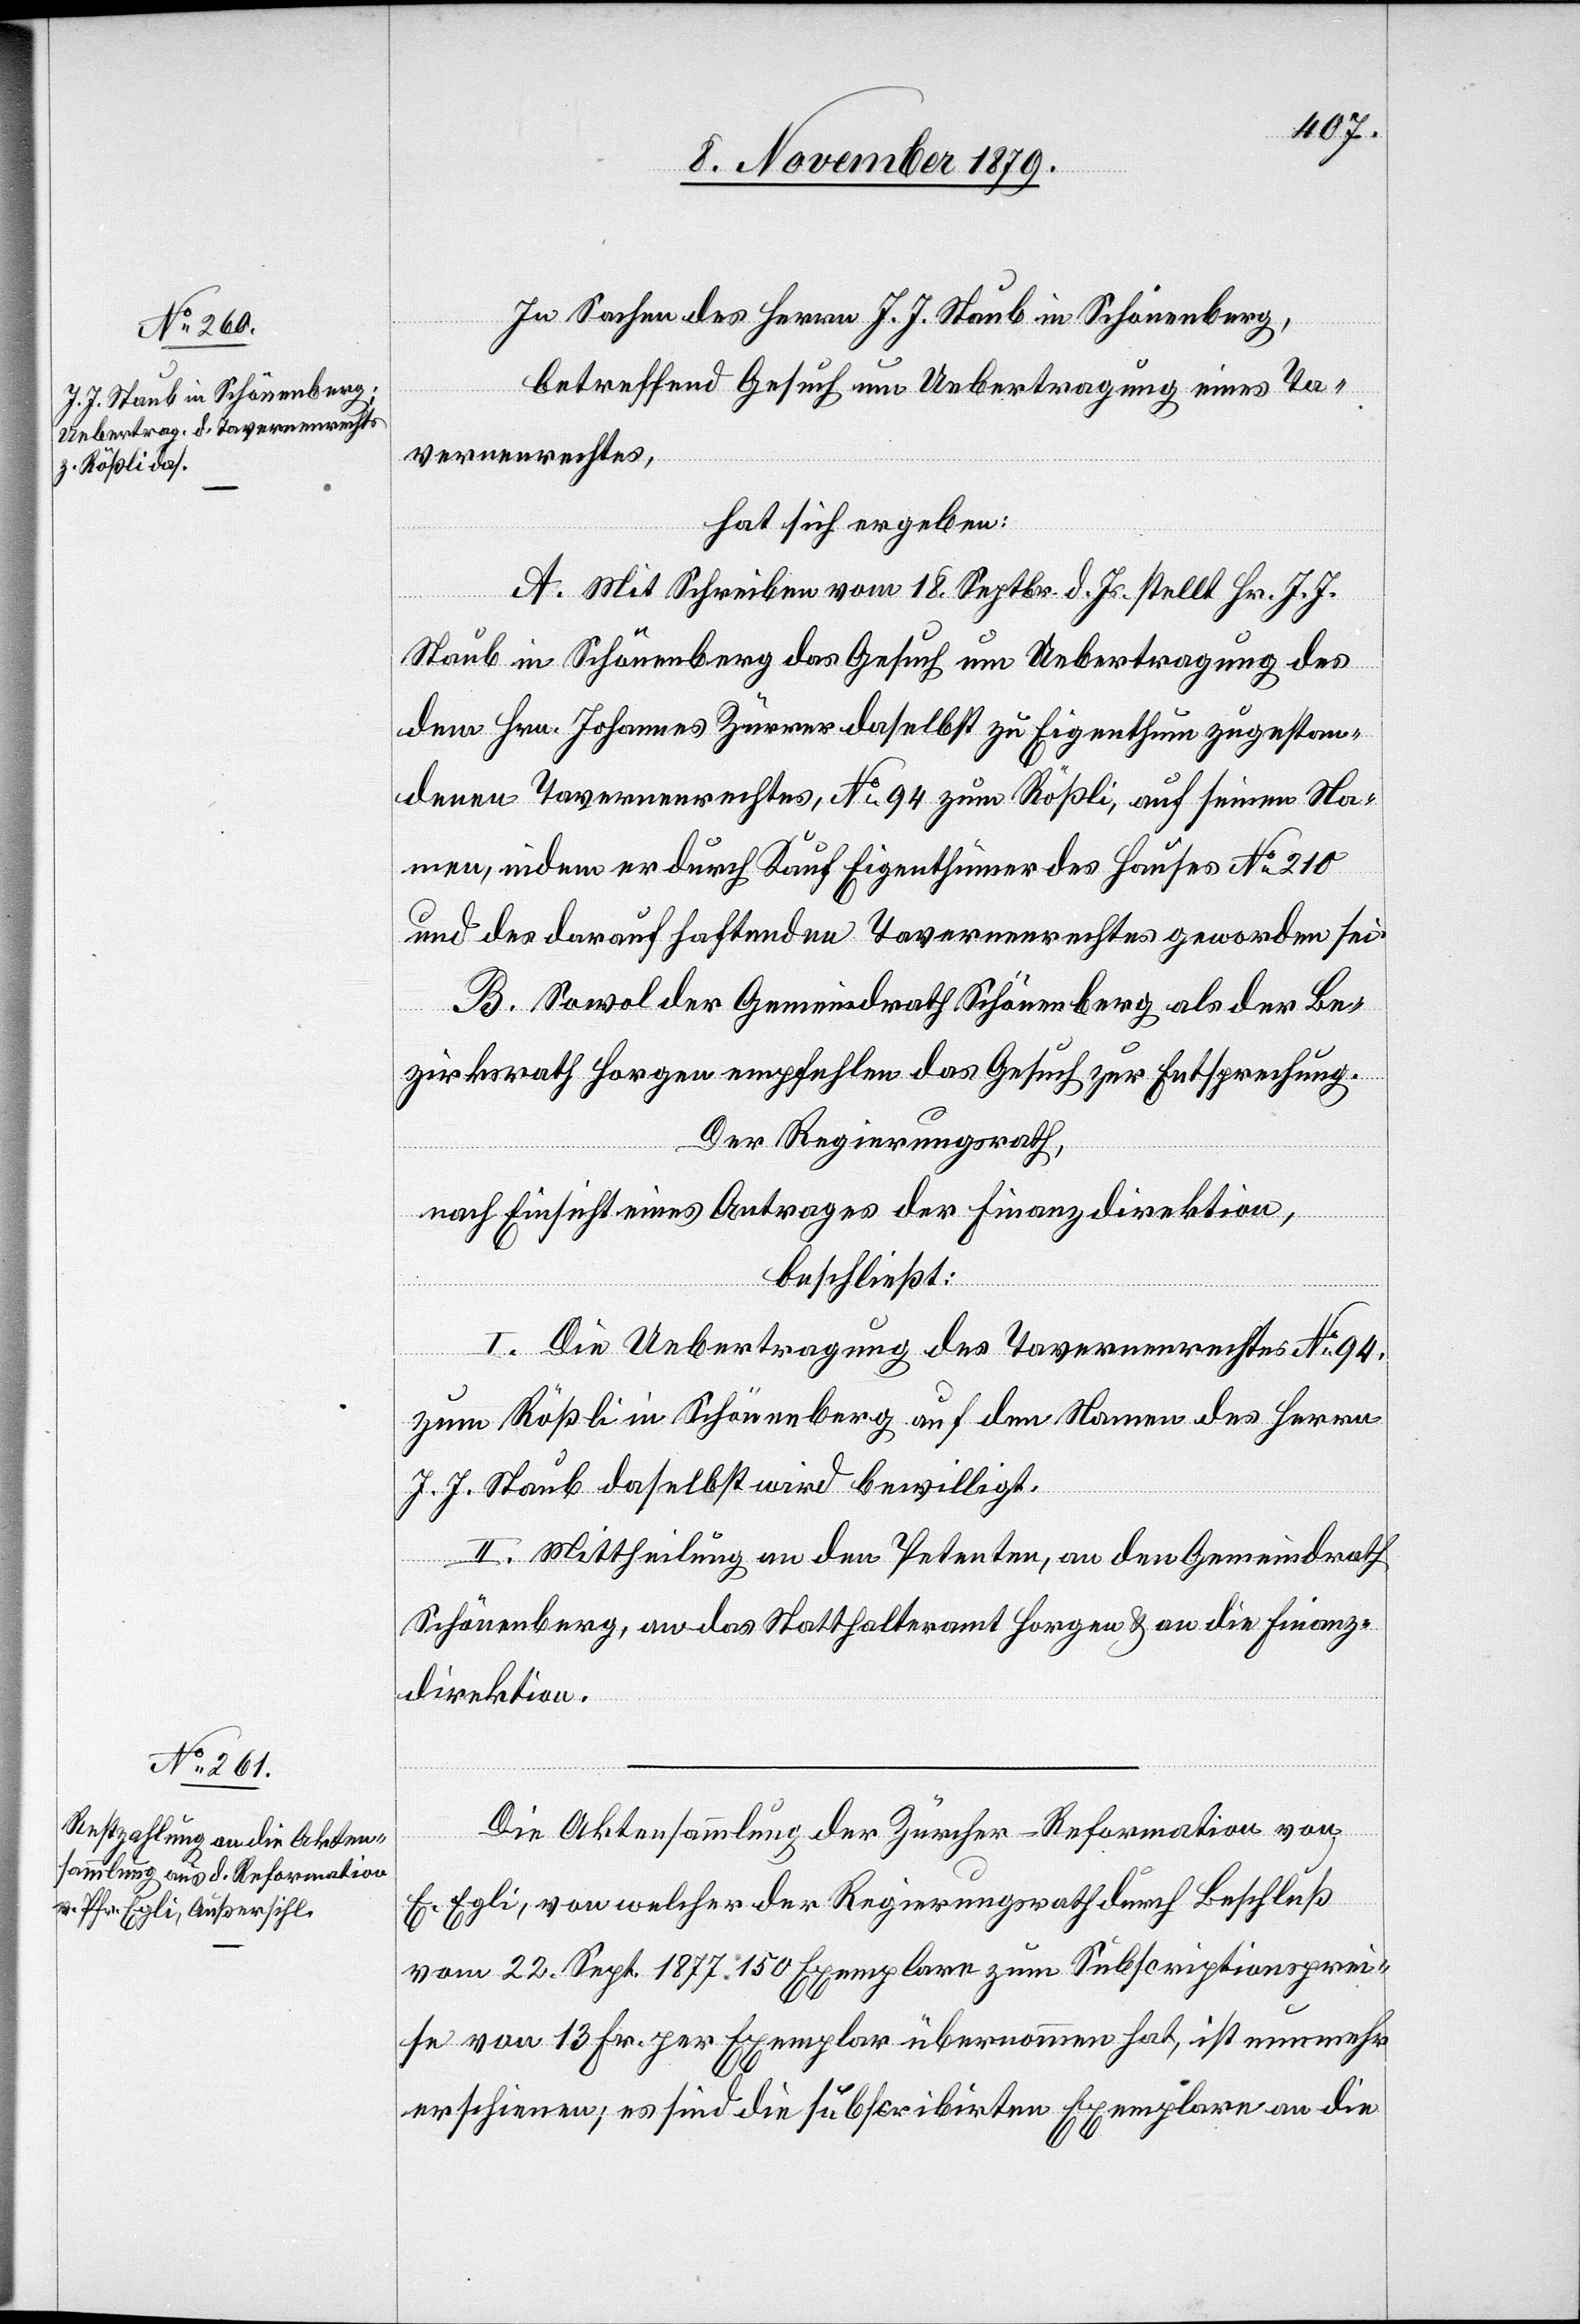
In Sachen des Herrn J. J. Staub in Schönenberg,
betreffend Gesuch um Uebertragung eines Ta¬
vernenrechtes,
hat sich ergeben:
A. Mit Schreiben vom 18. Septbr. d. Js. stellt Hr. J. J.
Staub in Schönenberg das Gesuch um Uebertragung des
dem Hrn. Johannes Zürrer daselbst zu Eigenthum zugestan¬
denen Tavernenrechtes, No 94 zum Rößli, auf seinen Na¬
men, indem er durch Kauf Eigenthümer des Hauses No 210
und des darauf haftenden Tavernenrechtes geworden sei.
B. Sowol der Gemeindrath Schönenberg als der Be¬
zirksrath Horgen empfehlen das Gesuch zu Entsprechung.
Der Regierungsrath,
nach Einsicht eines Antrages der Finanzdirektion,
beschließt:
I. Die Uebertragung des Tavernenrechtes No 94,
zum Rößli in Schönenberg auf den Namen des Herren
J. J. Staub daselbst wird bewilligt.
II. Mittheilung an den Petenten, an den Gemeindrath
Schönenberg, an das Statthalteramt Horgen & an die Finanz¬
direktion.
Die Aktensammlung der Zürcher-Reformation von
E. Egli, von welcher der Regierungsrath durch Beschluß
vom 22. Sept. 1877 150 Exemplare zum Subscriptionsprei¬
se von 13 Fr. per Exemplar übernommen hat, ist nunmehr
erschienen, es sind die subscribirten Exemplare an die